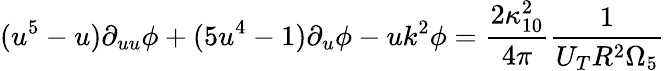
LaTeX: (u^{5}-u)\partial_{uu}\phi+(5u^{4}-1)\partial_{u}\phi-uk^{2}\phi=\frac{2\kappa_{10}^{2}}{4\pi}\frac{1}{U_{T}R^{2}\Omega_{5}}